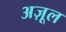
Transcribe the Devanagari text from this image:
अज़ूल